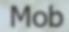
Mob